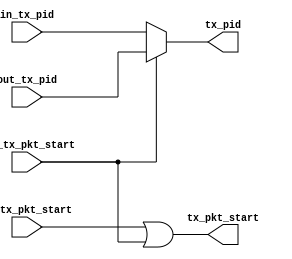
// TinyFPGA USB Code
// From https://github.com/lawrie/tiny_usb_examples/tree/master/usb

module usb_fs_tx_mux (
  // interface to IN Protocol Engine
  input in_tx_pkt_start,
  input [3:0] in_tx_pid,

  // interface to OUT Protocol Engine
  input out_tx_pkt_start,
  input [3:0] out_tx_pid,

  // interface to tx module
  output tx_pkt_start,
  output [3:0] tx_pid
);
  assign tx_pkt_start = in_tx_pkt_start | out_tx_pkt_start;
  assign tx_pid = out_tx_pkt_start ? out_tx_pid : in_tx_pid;
endmodule